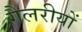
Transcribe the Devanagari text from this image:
गैलरीयों